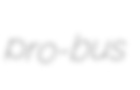
pro-bus